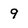
Character: q